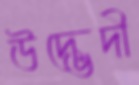
উদ্ভেদী